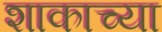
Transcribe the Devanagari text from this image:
शाकाच्या